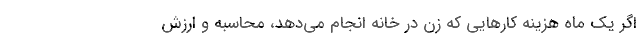
اگر یک ماه هزینه کارهایی که زن در خانه انجام می‌دهد، محاسبه و ارزش